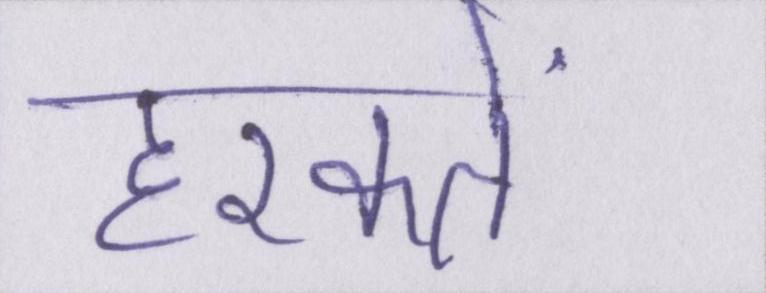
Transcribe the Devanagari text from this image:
हरकतें